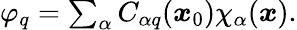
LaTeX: \begin{array}{r}{\varphi_{q}=\sum_{\alpha}C_{\alpha q}(\boldsymbol{x}_{0})\chi_{\alpha}(\boldsymbol{x}).}\end{array}